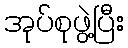
အုပ်စုဖွဲ့ပြီး